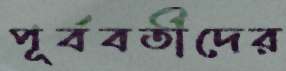
পূর্ববর্তীদের